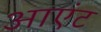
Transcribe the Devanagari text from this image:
आएंट